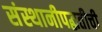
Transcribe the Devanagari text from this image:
संस्थानीपद्धतीची